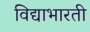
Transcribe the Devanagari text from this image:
विद्याभारती